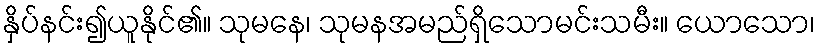
နှိပ်နင်း၍ယူနိုင်၏။ သုမနေ၊ သုမနအမည်ရှိသောမင်းသမီး။ ယောသော၊